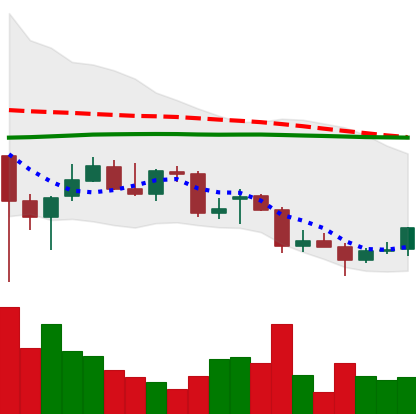
Ticker: TRX-USD
Chart end date: 2021-12-23
Forward return: -6.514%
Label: down_5_7